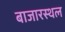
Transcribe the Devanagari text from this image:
बाजारस्थल